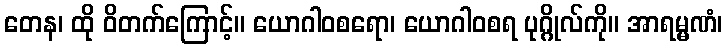
တေန၊ ထို ဝိတက်ကြောင့်။ ယောဂါဝစရော၊ ယောဂါဝစရ ပုဂ္ဂိုလ်ကို။ အာရမ္မဏံ၊